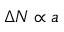
\Delta N \propto a